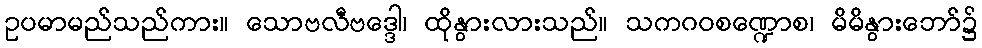
ဥပမာမည်သည်ကား။ သောဗလီဗဒ္ဒေါ၊ ထိုနွားလားသည်။ သကဂဝစဏ္ဍောစ၊ မိမိနွားဘော်၌